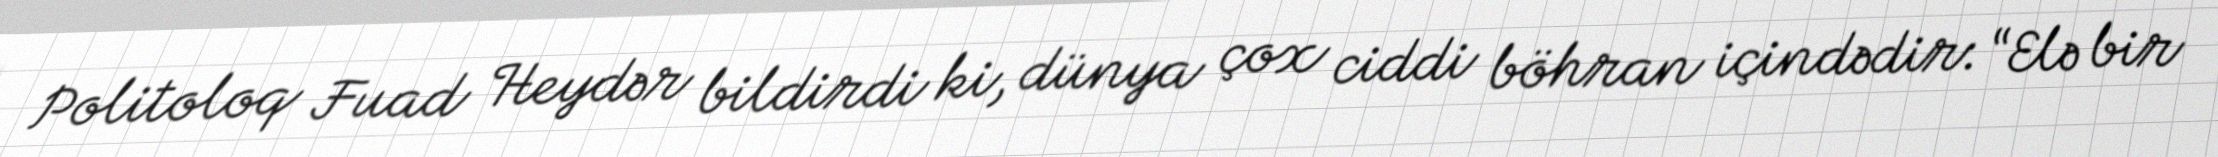
Politoloq Fuad Heydər bildirdi ki, dünya çox ciddi böhran içindədir: “Elə bir